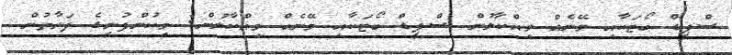
ސްޕީޑް ބޯޓަކާއި ވޭނެއް ވިއްކާލުން ސްޕީޑް ބޯޓަކާއި ވޭނެއް ވިއްކާލުން: މިކުންފުނީގެ ފަރާތުން